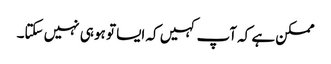
ممکن ہے کہ آپ کہیں کہ ایسا تو ہو ہی نہیں سکتا۔